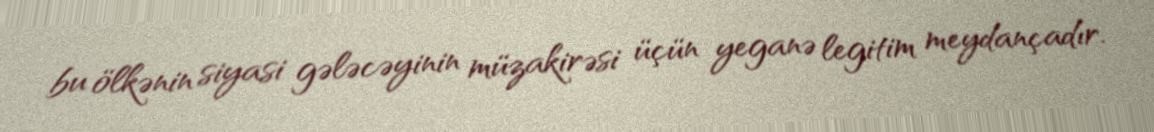
bu ölkənin siyasi gələcəyinin müzakirəsi üçün yeganə legitim meydançadır.